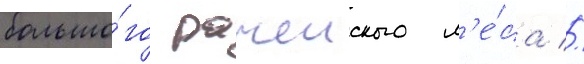
большо́го рачеиского л'е́са //